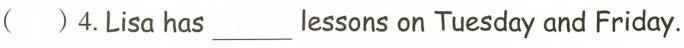
( )4.Lisa has___lessons on Tuesday and Friday.